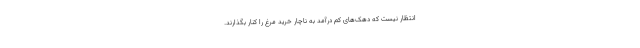
انتظار نیست که دهک‌های کم درآمد به ناچار خرید مرغ را کنار بگذارند.